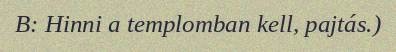
B: Hinni a templomban kell, pajtás.)